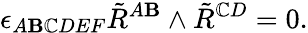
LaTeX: \epsilon_{A\mathbf{B}\mathbb{C}DEF}\tilde{{R}}^{A\mathbf{B}}\wedge\tilde{{R}}^{\mathbb{C}D}=0.